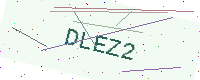
Text: DLEZ2